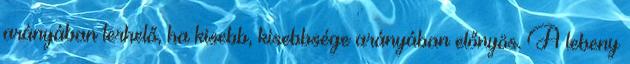
arányában terhelő, ha kisebb, kisebbsége arányában előnyös. A lebeny